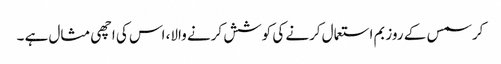
کرسمس کے روز بم استعمال کرنے کی کوشش کرنے والا، اس کی اچھی مثال ہے ۔